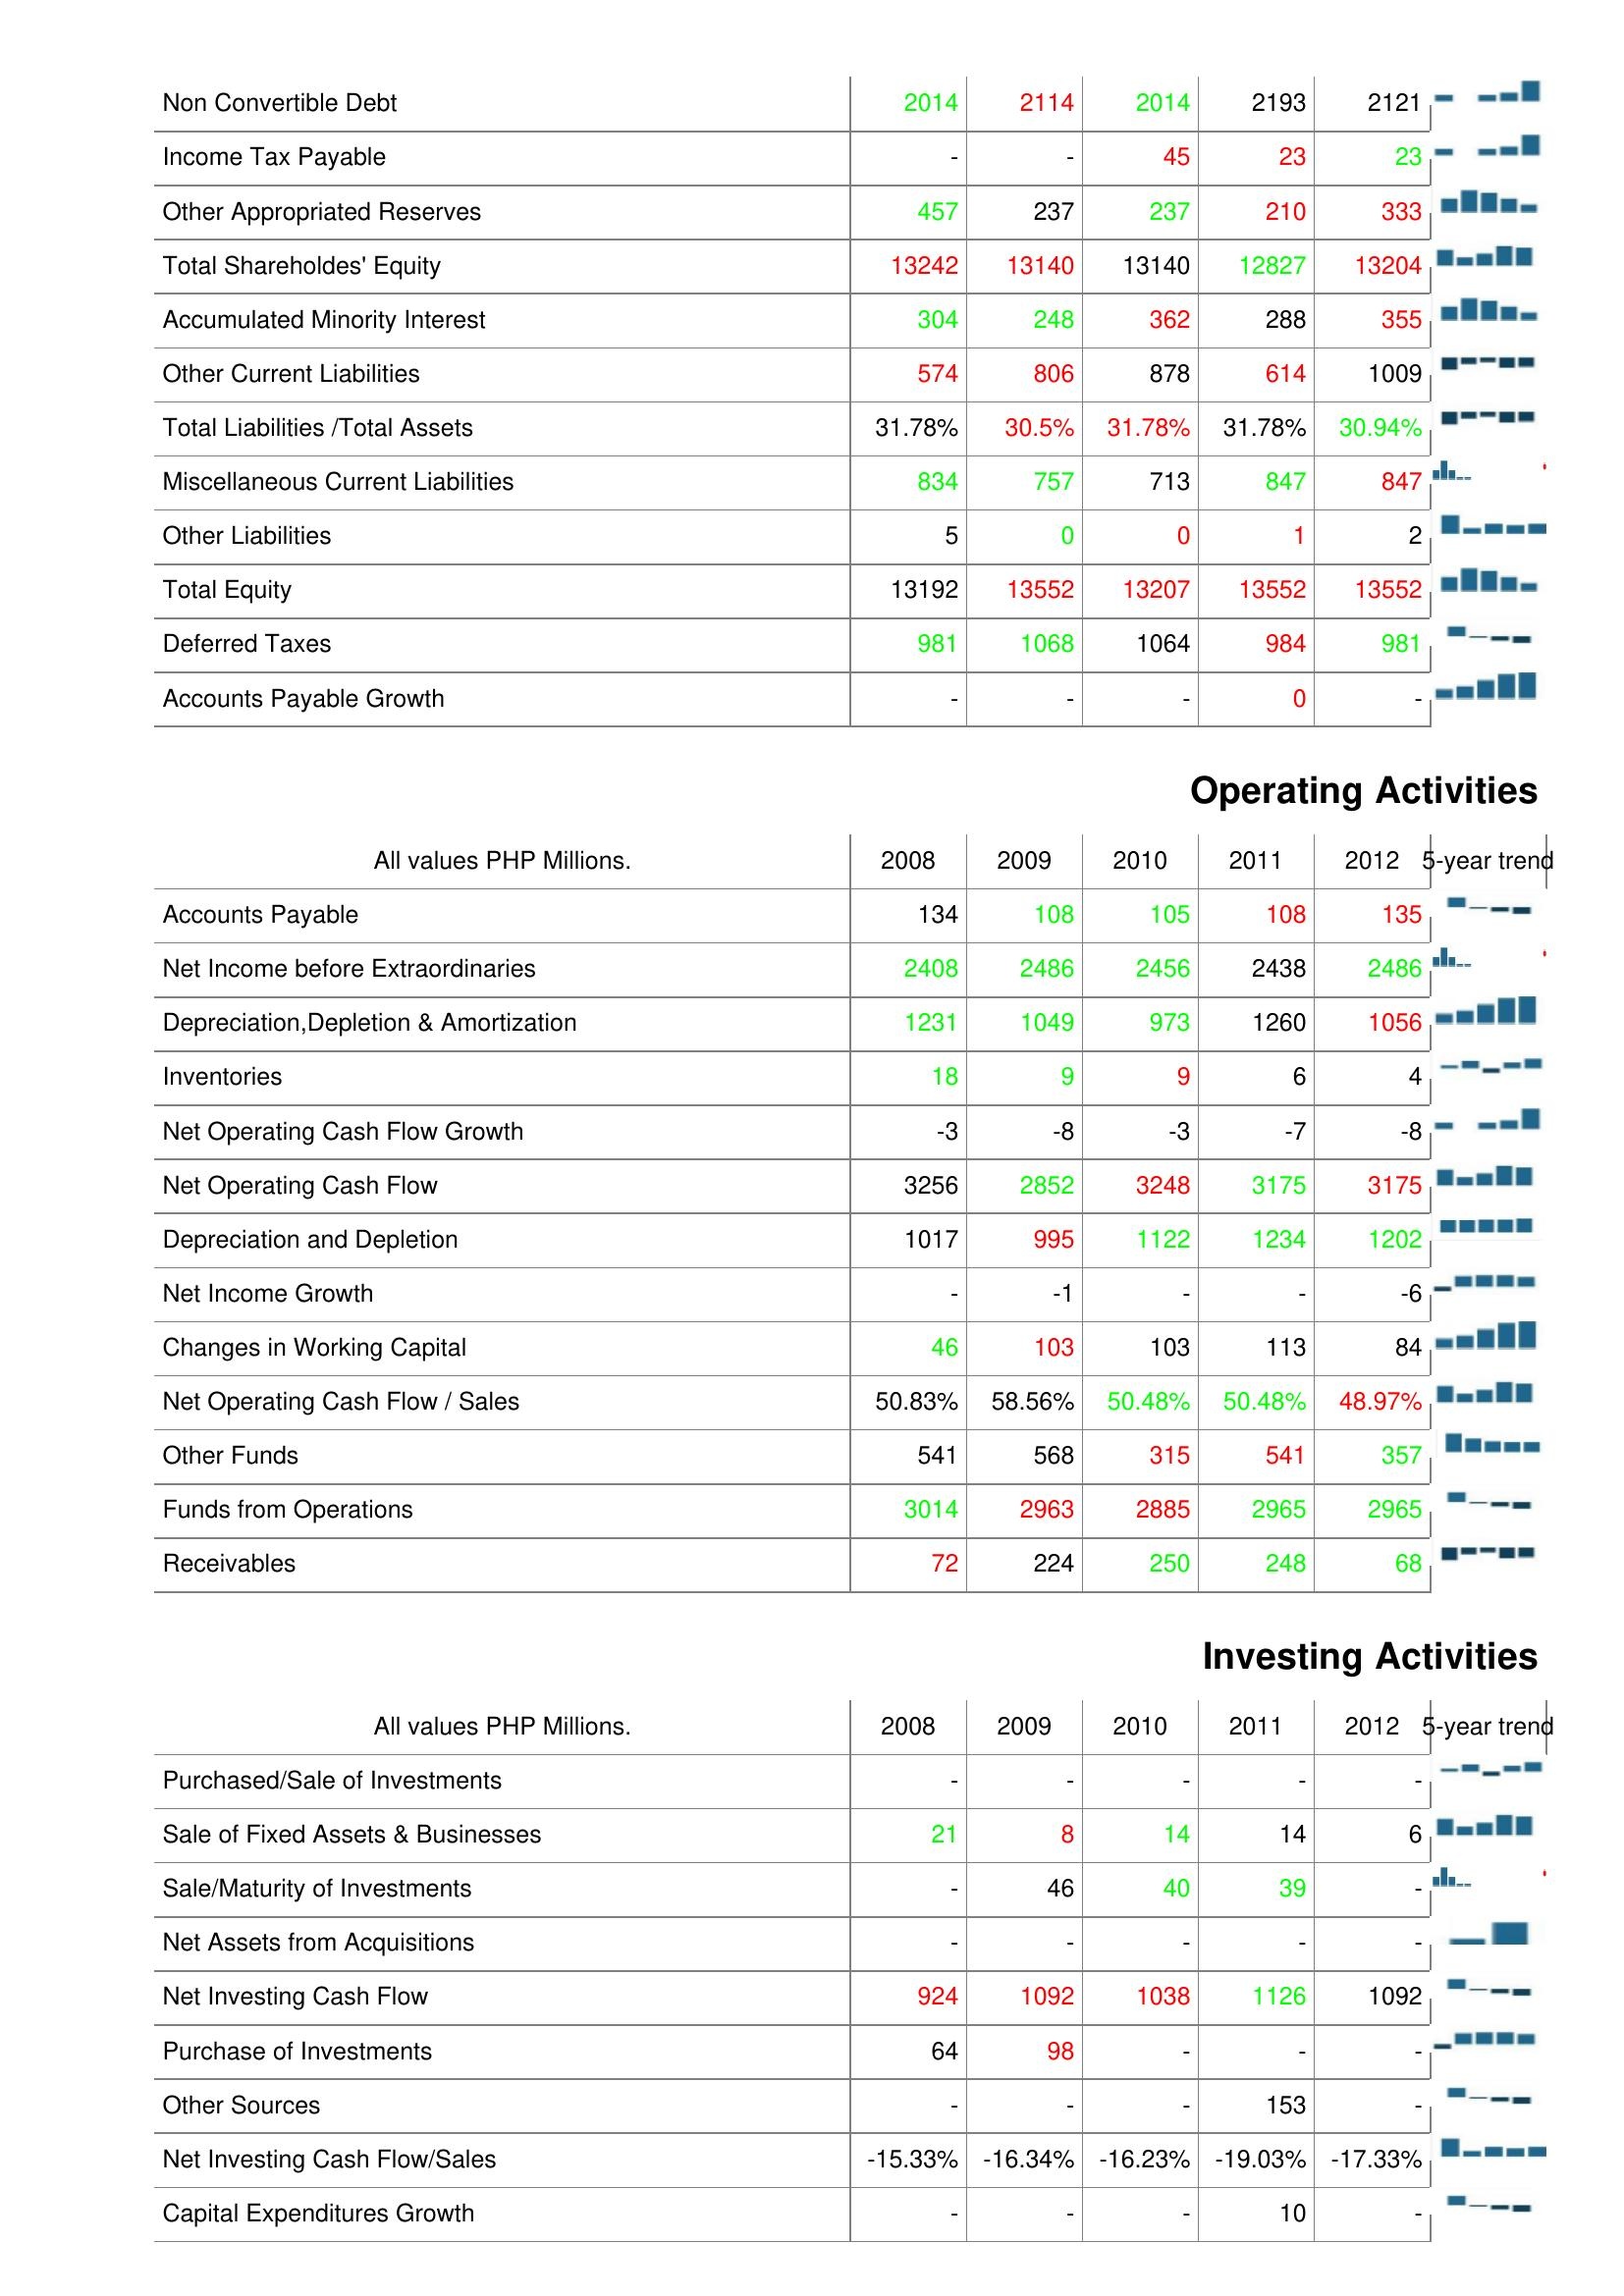
2008: Liabilities & Shareholder's Equity: Non Convertible Debt: 2014
Income Tax Payable: -
Other Appropriated Reserves: 457
Total Shareholdes' Equity: 13242
Accumulated Minority Interest: 304
Other Current Liabilities: 574
Total Liabilities /Total Assets: 31.78%
Miscellaneous Current Liabilities: 834
Other Liabilities: 5
Total Equity: 13192
Deferred Taxes: 981
Accounts Payable Growth: -
Operating Activities: Accounts Payable: 134
Net Income before Extraordinaries: 2408
Depreciation,Depletion & Amortization: 1231
Inventories: 18
Net Operating Cash Flow Growth: -3
Net Operating Cash Flow: 3256
Depreciation and Depletion: 1017
Net Income Growth: -
Changes in Working Capital: 46
Net Operating Cash Flow / Sales: 50.83%
Other Funds: 541
Funds from Operations: 3014
Receivables: 72
Investing Activities: Purchased/Sale of Investments: -
Sale of Fixed Assets & Businesses: 21
Sale/Maturity of Investments: -
Net Assets from Acquisitions: -
Net Investing Cash Flow: 924
Purchase of Investments: 64
Other Sources: -
Net Investing Cash Flow/Sales: -15.33%
Capital Expenditures Growth: -
2009: Liabilities & Shareholder's Equity: Non Convertible Debt: 2114
Income Tax Payable: -
Other Appropriated Reserves: 237
Total Shareholdes' Equity: 13140
Accumulated Minority Interest: 248
Other Current Liabilities: 806
Total Liabilities /Total Assets: 30.5%
Miscellaneous Current Liabilities: 757
Other Liabilities: 0
Total Equity: 13552
Deferred Taxes: 1068
Accounts Payable Growth: -
Operating Activities: Accounts Payable: 108
Net Income before Extraordinaries: 2486
Depreciation,Depletion & Amortization: 1049
Inventories: 9
Net Operating Cash Flow Growth: -8
Net Operating Cash Flow: 2852
Depreciation and Depletion: 995
Net Income Growth: -1
Changes in Working Capital: 103
Net Operating Cash Flow / Sales: 58.56%
Other Funds: 568
Funds from Operations: 2963
Receivables: 224
Investing Activities: Purchased/Sale of Investments: -
Sale of Fixed Assets & Businesses: 8
Sale/Maturity of Investments: 46
Net Assets from Acquisitions: -
Net Investing Cash Flow: 1092
Purchase of Investments: 98
Other Sources: -
Net Investing Cash Flow/Sales: -16.34%
Capital Expenditures Growth: -
2010: Liabilities & Shareholder's Equity: Non Convertible Debt: 2014
Income Tax Payable: 45
Other Appropriated Reserves: 237
Total Shareholdes' Equity: 13140
Accumulated Minority Interest: 362
Other Current Liabilities: 878
Total Liabilities /Total Assets: 31.78%
Miscellaneous Current Liabilities: 713
Other Liabilities: 0
Total Equity: 13207
Deferred Taxes: 1064
Accounts Payable Growth: -
Operating Activities: Accounts Payable: 105
Net Income before Extraordinaries: 2456
Depreciation,Depletion & Amortization: 973
Inventories: 9
Net Operating Cash Flow Growth: -3
Net Operating Cash Flow: 3248
Depreciation and Depletion: 1122
Net Income Growth: -
Changes in Working Capital: 103
Net Operating Cash Flow / Sales: 50.48%
Other Funds: 315
Funds from Operations: 2885
Receivables: 250
Investing Activities: Purchased/Sale of Investments: -
Sale of Fixed Assets & Businesses: 14
Sale/Maturity of Investments: 40
Net Assets from Acquisitions: -
Net Investing Cash Flow: 1038
Purchase of Investments: -
Other Sources: -
Net Investing Cash Flow/Sales: -16.23%
Capital Expenditures Growth: -
2011: Liabilities & Shareholder's Equity: Non Convertible Debt: 2193
Income Tax Payable: 23
Other Appropriated Reserves: 210
Total Shareholdes' Equity: 12827
Accumulated Minority Interest: 288
Other Current Liabilities: 614
Total Liabilities /Total Assets: 31.78%
Miscellaneous Current Liabilities: 847
Other Liabilities: 1
Total Equity: 13552
Deferred Taxes: 984
Accounts Payable Growth: 0
Operating Activities: Accounts Payable: 108
Net Income before Extraordinaries: 2438
Depreciation,Depletion & Amortization: 1260
Inventories: 6
Net Operating Cash Flow Growth: -7
Net Operating Cash Flow: 3175
Depreciation and Depletion: 1234
Net Income Growth: -
Changes in Working Capital: 113
Net Operating Cash Flow / Sales: 50.48%
Other Funds: 541
Funds from Operations: 2965
Receivables: 248
Investing Activities: Purchased/Sale of Investments: -
Sale of Fixed Assets & Businesses: 14
Sale/Maturity of Investments: 39
Net Assets from Acquisitions: -
Net Investing Cash Flow: 1126
Purchase of Investments: -
Other Sources: 153
Net Investing Cash Flow/Sales: -19.03%
Capital Expenditures Growth: 10
2012: Liabilities & Shareholder's Equity: Non Convertible Debt: 2121
Income Tax Payable: 23
Other Appropriated Reserves: 333
Total Shareholdes' Equity: 13204
Accumulated Minority Interest: 355
Other Current Liabilities: 1009
Total Liabilities /Total Assets: 30.94%
Miscellaneous Current Liabilities: 847
Other Liabilities: 2
Total Equity: 13552
Deferred Taxes: 981
Accounts Payable Growth: -
Operating Activities: Accounts Payable: 135
Net Income before Extraordinaries: 2486
Depreciation,Depletion & Amortization: 1056
Inventories: 4
Net Operating Cash Flow Growth: -8
Net Operating Cash Flow: 3175
Depreciation and Depletion: 1202
Net Income Growth: -6
Changes in Working Capital: 84
Net Operating Cash Flow / Sales: 48.97%
Other Funds: 357
Funds from Operations: 2965
Receivables: 68
Investing Activities: Purchased/Sale of Investments: -
Sale of Fixed Assets & Businesses: 6
Sale/Maturity of Investments: -
Net Assets from Acquisitions: -
Net Investing Cash Flow: 1092
Purchase of Investments: -
Other Sources: -
Net Investing Cash Flow/Sales: -17.33%
Capital Expenditures Growth: -